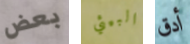
بعض البيئي أدق